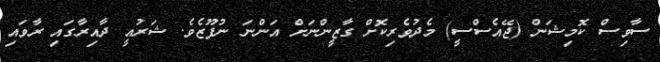
ސާވިސް ކޮމިޝަން (ޖޭއެސްސީ) މެދުވެރިކޮށް ގާޒީންނަށް އަންނަ ނުފޫޒެވެ. ޝަރުއީ ދާއިރާގައި ރާވައި